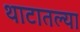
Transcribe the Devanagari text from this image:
थाटातल्या